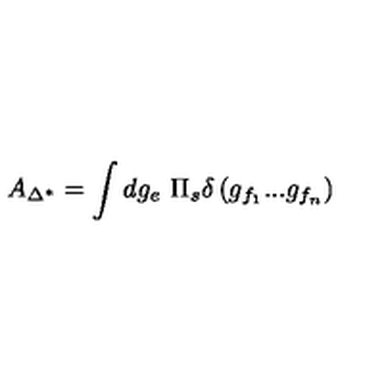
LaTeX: A _ { \Delta ^ { * } } = \int d g _ { e } \ \Pi _ { s } \delta \left( g _ { f _ { 1 } } . . . g _ { f _ { n } } \right)